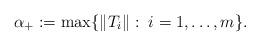
LaTeX: \begin{align*} \alpha_+:=\max\{\|T_i\|:\; i=1,\ldots, m\}. \end{align*}